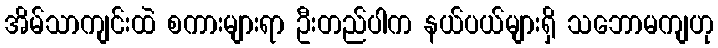
အိမ်သာကျင်းထဲ စကားများရာ ဦးတည်ပါက နယ်ပယ်များရှိ သဘောမကျဟု